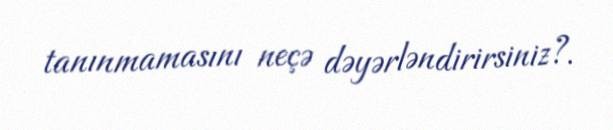
tanınmamasını neçə dəyərləndirirsiniz?.